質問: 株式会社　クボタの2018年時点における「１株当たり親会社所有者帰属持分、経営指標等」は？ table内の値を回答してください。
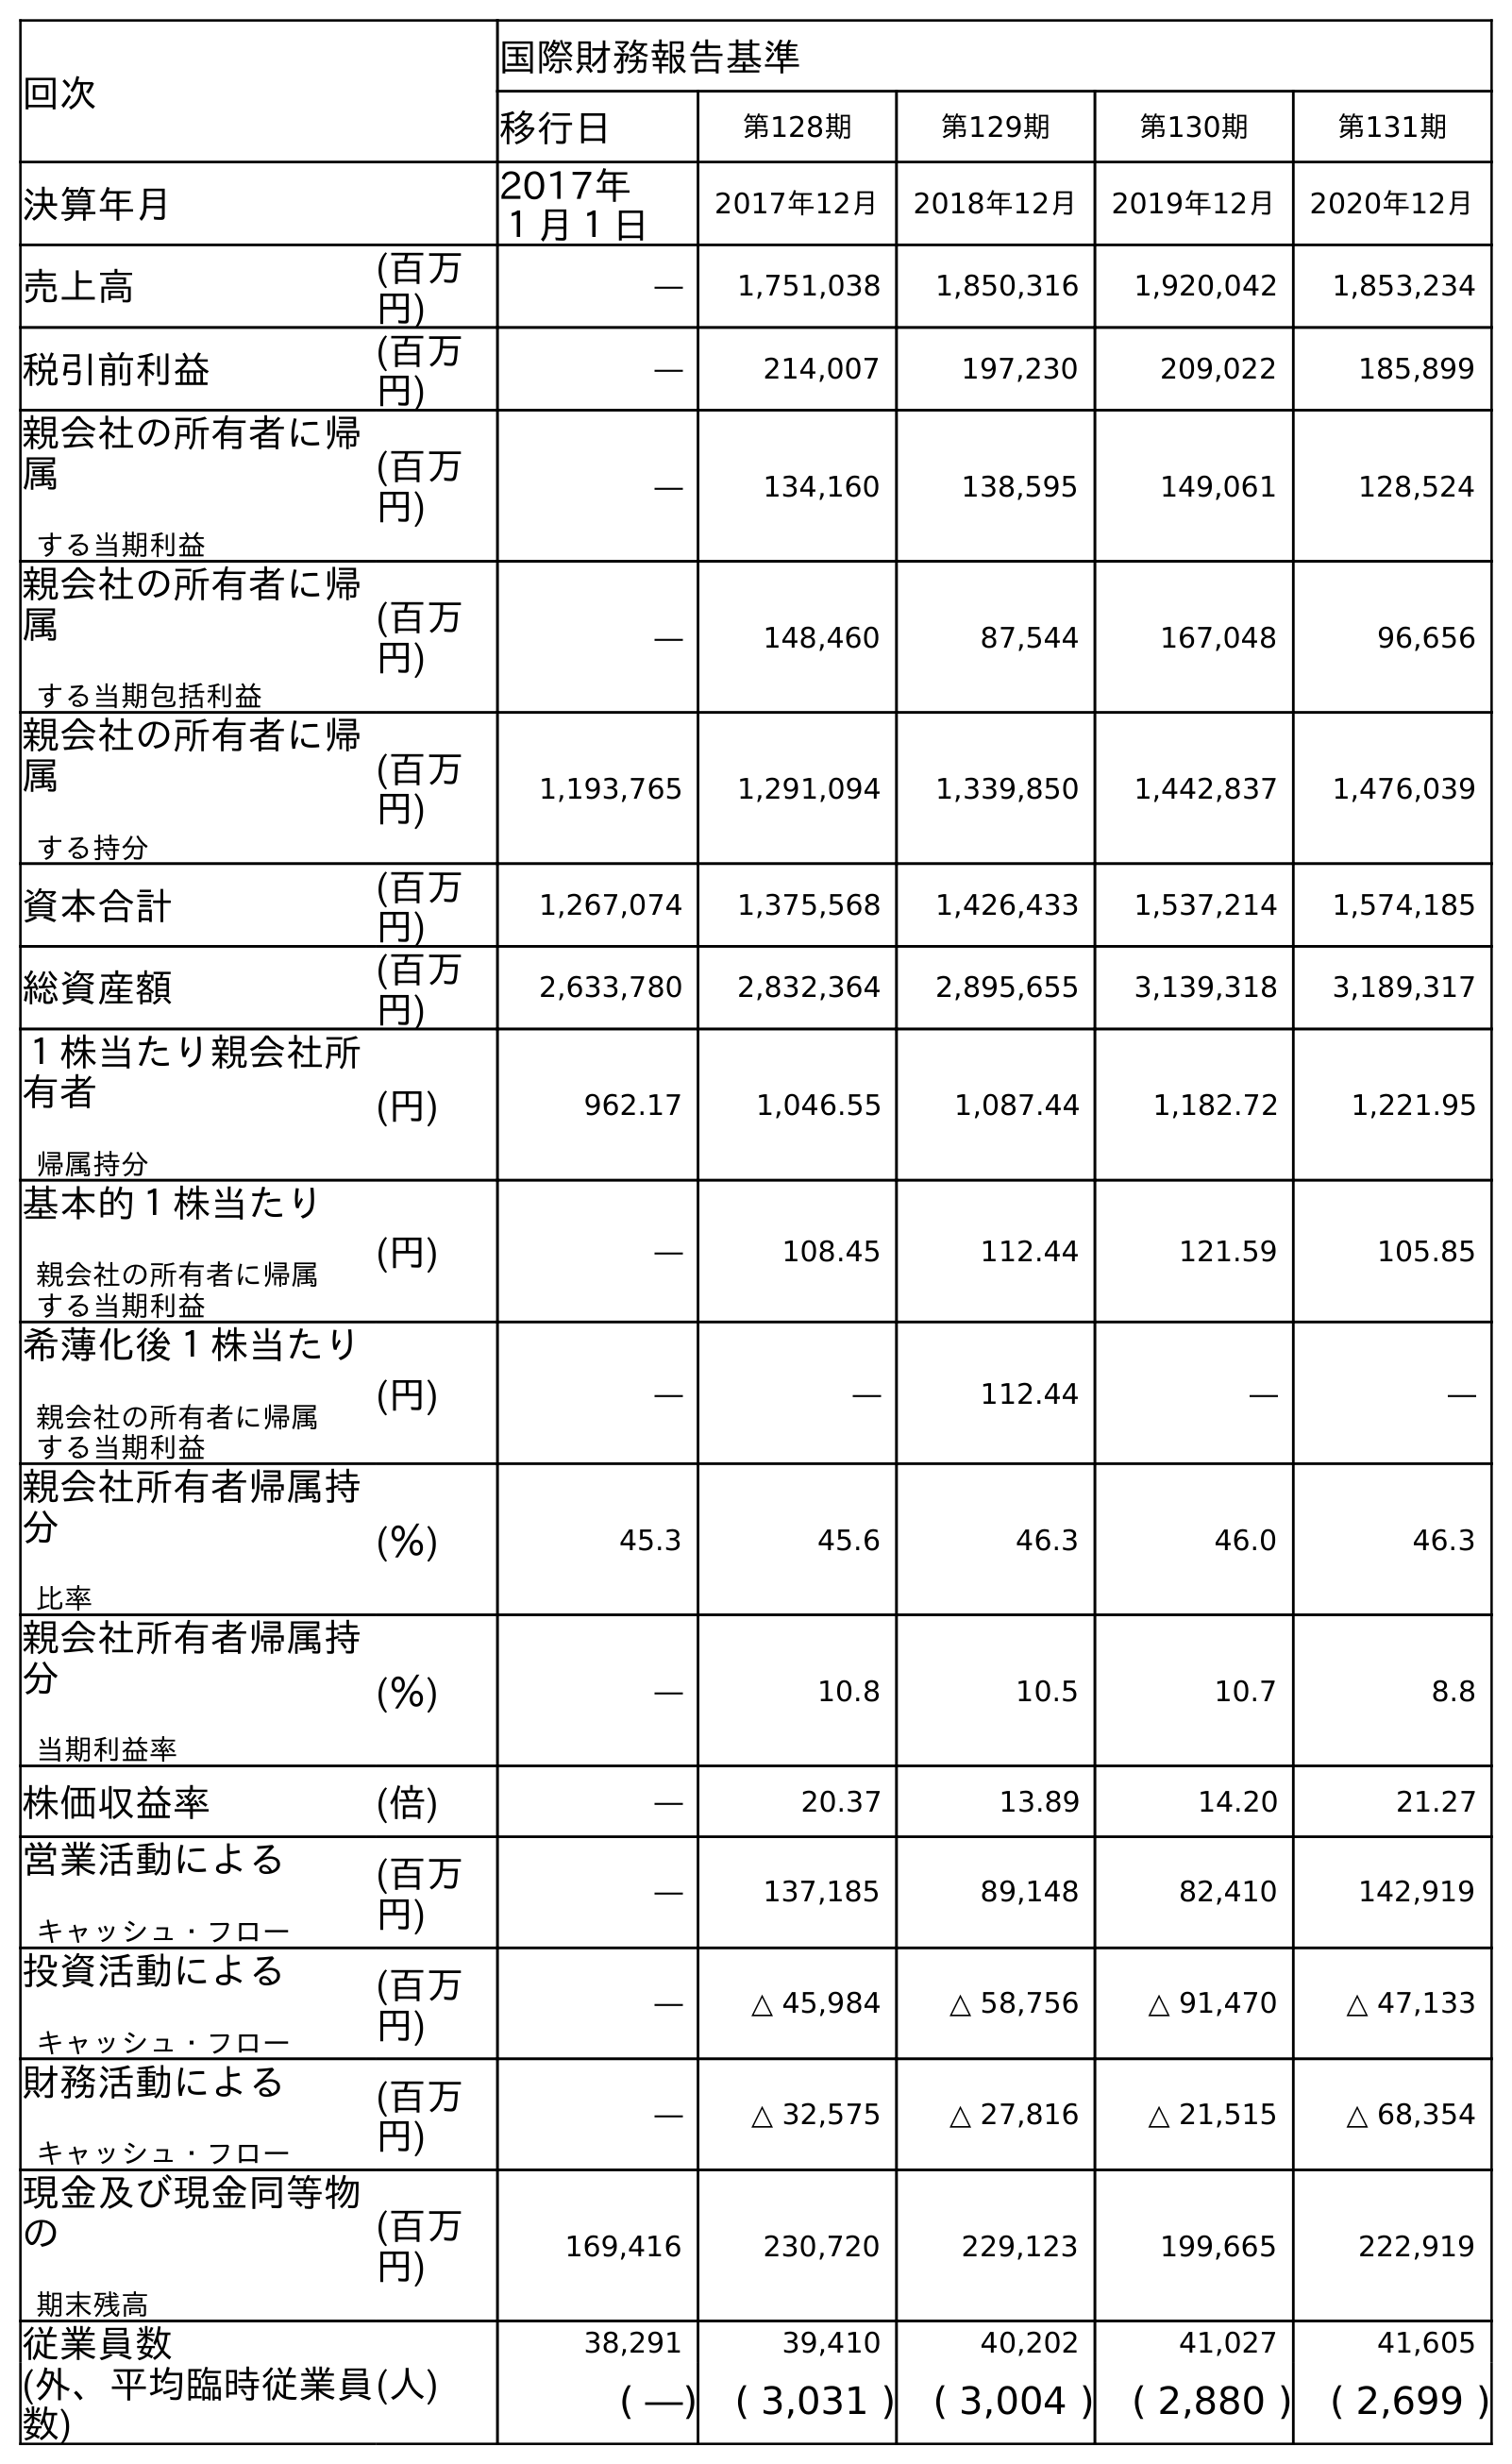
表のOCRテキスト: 回次 国際財務報告基準 移行日 第128期 第129期 第130期 第131期 決算年月 2017年 １月１日 2017年12月 2018年12月 2019年12月 2020年12月 売上高 (百万 円) ― 1,751,038 1,850,316 1,920,042 1,853,234 税引前利益 (百万 円) ― 214,007 197,230 209,022 185,899 親会社の所有者に帰 属 する当期利益 (百万 円) ― 134,160 138,595 149,061 128,524 親会社の所有者に帰 属 する当期包括利益 (百万 円) ― 148,460 87,544 167,048 96,656 親会社の所有者に帰 属 する持分 (百万 円) 1,193,765 1,291,094 1,339,850 1,442,837 1,476,039 資本合計 (百万 円) 1,267,074 1,375,568 1,426,433 1,537,214 1,574,185 総資産額 (百万 円) 2,633,780 2,832,364 2,895,655 3,139,318 3,189,317 １株当たり親会社所 有者 帰属持分 (円) 962.17 1,046.55 1,087.44 1,182.72 1,221.95 基本的１株当たり 親会社の所有者に帰属 する当期利益 (円) ― 108.45 112.44 121.59 105.85 希薄化後１株当たり 親会社の所有者に帰属 する当期利益 (円) ― ― 112.44 ― ― 親会社所有者帰属持 分 比率 (％) 45.3 45.6 46.3 46.0 46.3 親会社所有者帰属持 分 当期利益率 (％) ― 10.8 10.5 10.7 8.8 株価収益率 (倍) ― 20.37 13.89 14.20 21.27 営業活動による キャッシュ・フロー (百万 円) ― 137,185 89,148 82,410 142,919 投資活動による キャッシュ・フロー (百万 円) ― △ 45,984 △ 58,756 △ 91,470 △ 47,133 財務活動による キャッシュ・フロー (百万 円) ― △ 32,575 △ 27,816 △ 21,515 △ 68,354 現金及び現金同等物 の 期末残高 (百万 円) 169,416 230,720 229,123 199,665 222,919 従業員数 (人) 38,291 39,410 40,202 41,027 41,605 (外、平均臨時従業員 数) ( ―) ( 3,031 ) ( 3,004 ) ( 2,880 ) ( 2,699 )
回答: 1,087.44